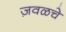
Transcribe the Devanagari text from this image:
ज़वळचे